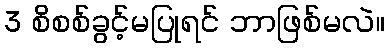
3 စိစစ်ခွင့်မပြုရင် ဘာဖြစ်မလဲ။